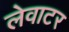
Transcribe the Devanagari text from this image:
लेवाटर